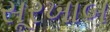
સૂરખાબ